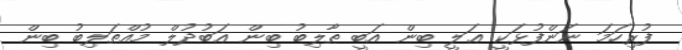
ފުރިހަމަ ނަންފުޅަކީ ޢަލީ ބިން އަބީ ޠާލިބު ބިން ޢަބުދުލް މުއްޠަލިބު ބިން